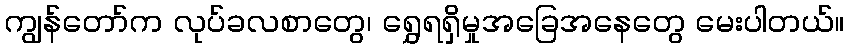
ကျွန်တော်က လုပ်ခလစာတွေ၊ ရွှေရရှိမှုအခြေအနေတွေ မေးပါတယ်။